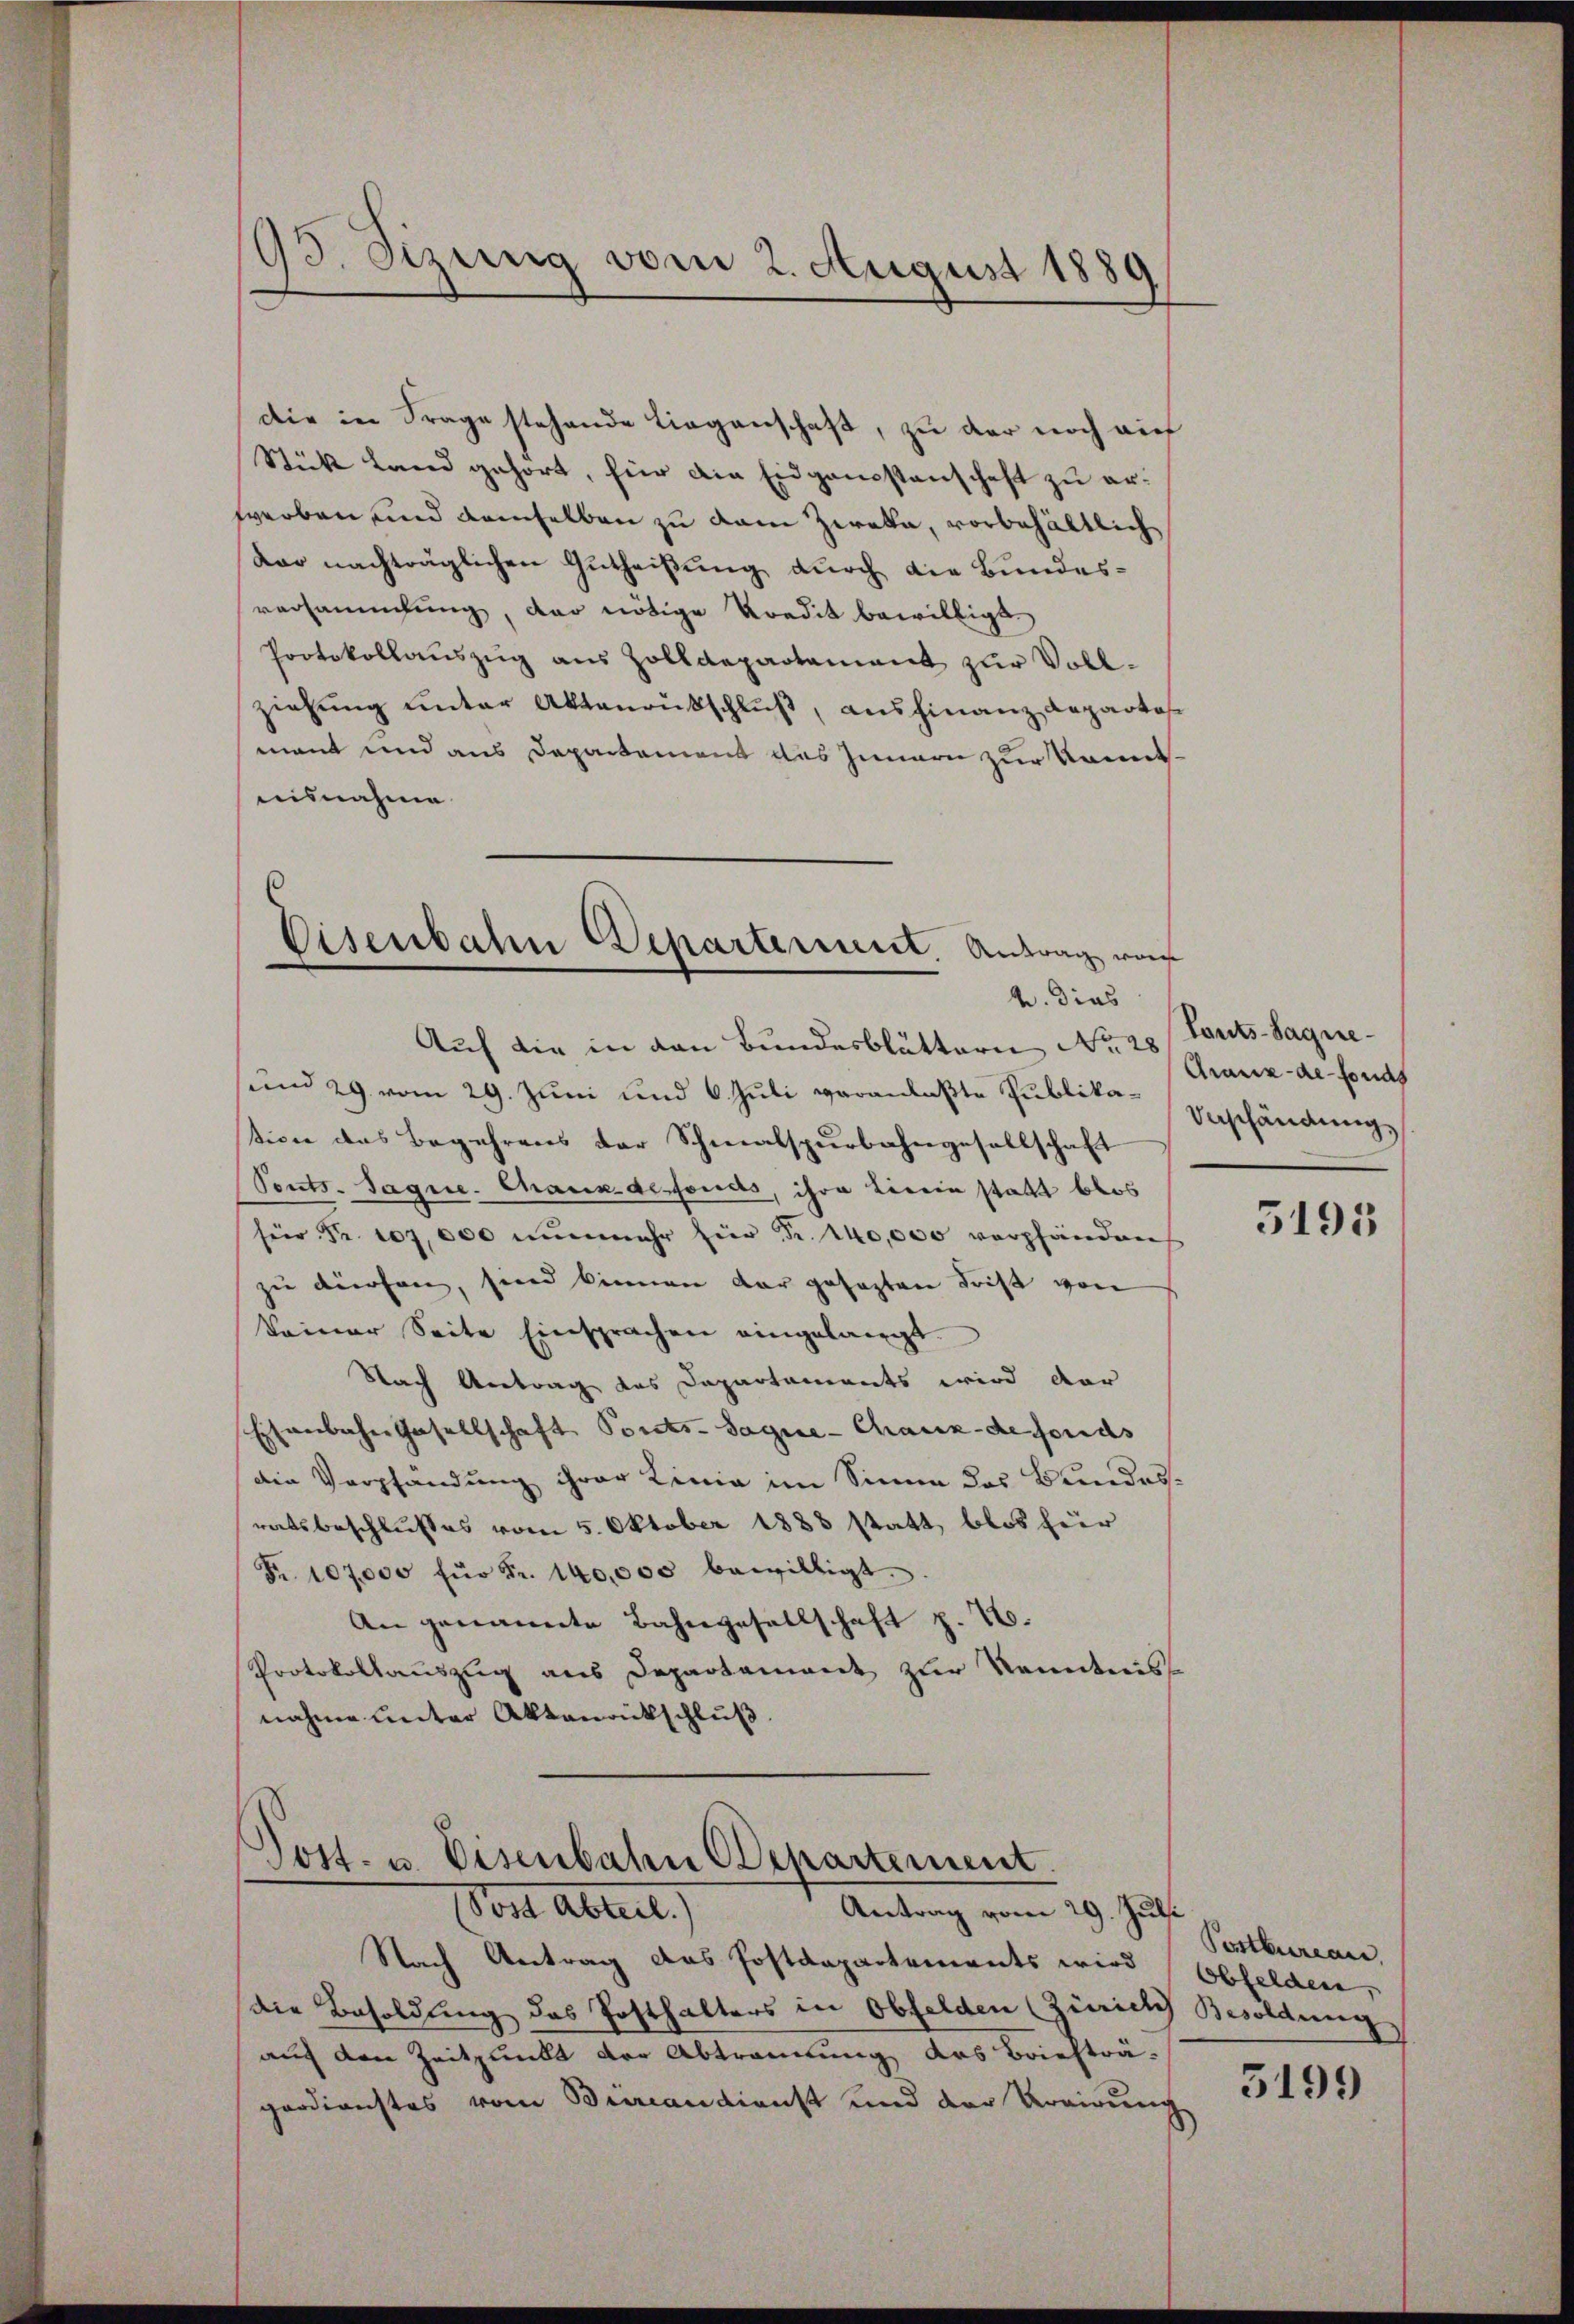
95. Sezung vom 2. August 1889

die in Frage stehende Liegenschaft, zu der noch auf
Stück Land gehört, für die Eidganistenschaft zu erwerben und demselben zu dem Zweka, vorbehältlich
Vor nachträglichen Gutheißung durch die Bundesversammlung, der nötige Kredit bewilligt.
Protokollauszug aus Zolldepartament zur Vollziehung unter Aktenrutschluß, ausfinanz Repartes
mant und aus Departement des Innern zur Kenntnisnahme

Eisenbahn Departement. Antrag vor
v. Dies

Auch die in den Bundesblättern No 28. Touts-Sagne¬
und 29 vom 29. Juni und 6. Juli veranlaßte Publika- Erschändung,
tion des Begehrens der Schmalspurbahngesellschaft
Ponts-Sagne. Chaux-defonds, ihre Lirein statt blos
für Fr. 107,000 nŭnmehr für Fr. 140,000 verpfänden
zu dürfen, sind können dar gesagten Frist von
keiner Seite Einsprachen eingelangt.
Nach Antrag des Departaments wird dar
Eisenbahn Hasellschaft Ports-Sague-Chaux-de fonds
Die Verpfändung ihrer Linie im Sinne das Bundesratsbeschlusses vom 5. Oktober 1883 statt, blos für
Fr. 107,000 für Fr. 140,000 bewilligt.
An genannte Bahngesellschaft p. 2.
Protokollauszug aus Departement zur Kenntnis
nahme unter Aktenrückschluß.

Post- u. Eisenbahn Departement.
Antrag vom 29. Juli
ort absent

Gränz(...)-Fonds

Nach Antrag das Postdepartements wird (Obfelden,
die Besoldung das Posthalters in Obfelden (Zürich Besoldung
auf den Zeitpunkt der Abtrennung des Briefträgerdienstes vom Brandienst und der Verirung

5195

Postbureau

5199